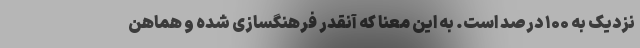
نزدیک به ۱۰۰ درصد است. به این معنا که آنقدر فرهنگسازی شده و هماهن